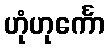
ဟုံဟုင်္ကော